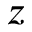
z